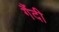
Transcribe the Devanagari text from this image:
गैंदी